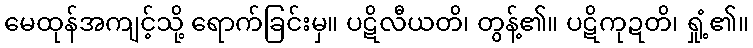
မေထုန်အကျင့်သို့ ရောက်ခြင်းမှ။ ပဋိလီယတိ၊ တွန့်၏။ ပဋိကုဍတိ၊ ရှုံ့၏။